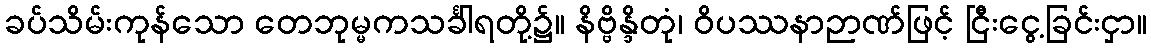
ခပ်သိမ်းကုန်သော တေဘုမ္မကသင်္ခါရတို့၌။ နိဗ္ဗိန္ဒိတုံ၊ ဝိပဿနာဉာဏ်ဖြင့် ငြီးငွေ့ခြင်းငှာ။